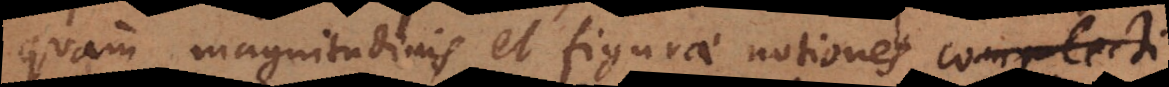
quam magnitudinis et figurae notiones